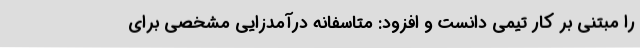
را مبتنی بر کار تیمی دانست و افزود: متاسفانه درآمدزایی مشخصی برای